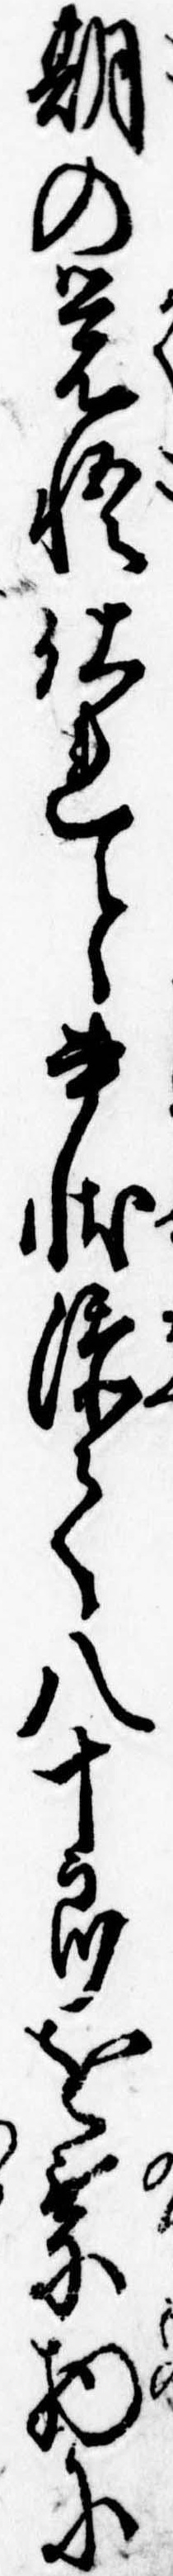
期の覚悟仕れと書状添て八十郎を乗物に